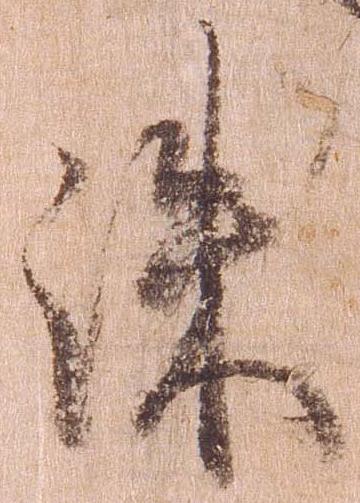
誅